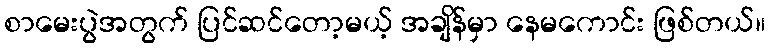
စာမေးပွဲအတွက် ပြင်ဆင်တော့မယ့် အချိန်မှာ နေမကောင်း ဖြစ်တယ်။